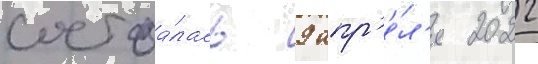
состоа́лась 9 апр'е́л'я 2022